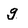
Character: g